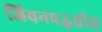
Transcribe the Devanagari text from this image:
जिवनपद्धतीत